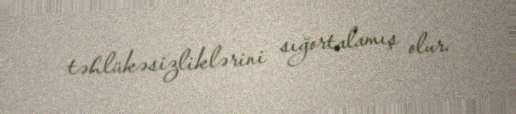
təhlükəsizliklərini sığortalamış olur.